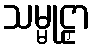
သမ္မုဠှာ